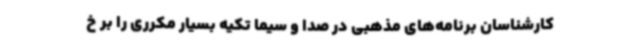
کارشناسان برنامه‌های مذهبی در صدا و سیما تکیه بسیار مکرری را بر خ